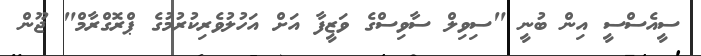
ސީއެސްސީ އިން ބުނީ "ސިވިލް ސާވިސްގެ ވަޒީފާ އަށް އަހުލުވެރިކުރުމުގެ ޕްރޮގްރާމް" ޖޫން